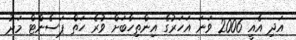
އަދި އެއީ 2006 ވަނަ އަހަރުގެ އިންތިހާބަށް ވުރެ ހަތް ޕަސެންޓް މަދު